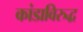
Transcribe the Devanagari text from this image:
कांडाविरुद्ध